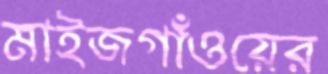
মাইজগাঁওয়ের